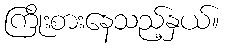
ကြိုးစားနေသည့်နှယ်။